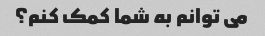
می توانم به شما کمک کنم؟